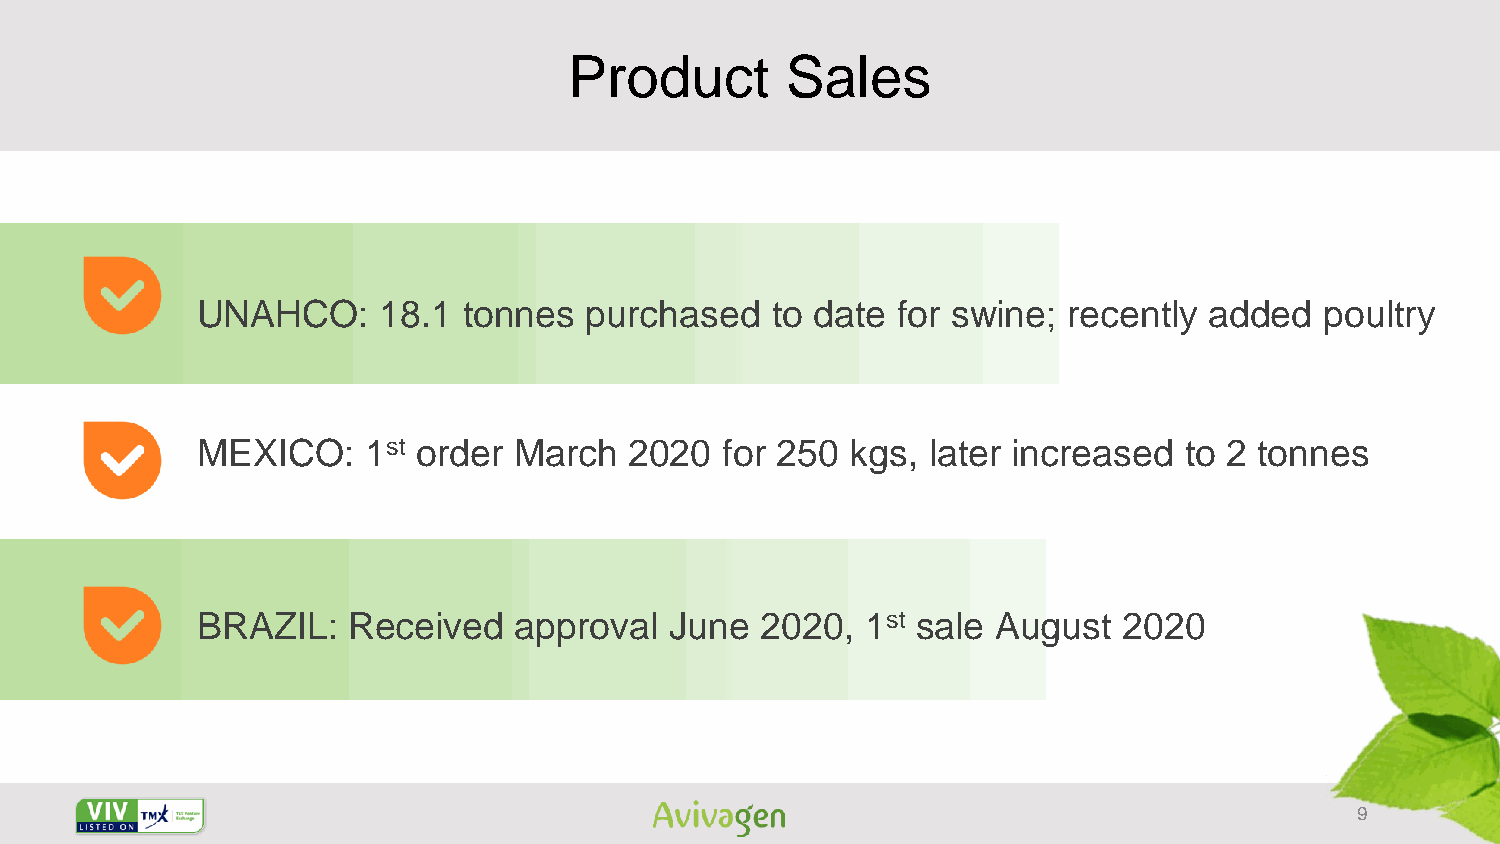
Product       Sales
 UNAHCO:     18.1  tonnes  purchased   to date for swine;  recently added   poultry
 MEXICO:    1st order March   2020  for 250 kgs, later increased  to 2 tonnes
 BRAZIL:   Received   approval  June  2020,  1st sale August  2020
 9